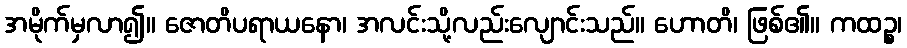
အမိုက်မှလာ၍။ ဇောတိပရာယနော၊ အလင်းသို့လည်းလျောင်းသည်။ ဟောတိ၊ ဖြစ်၏။ ကထဉ္စ၊